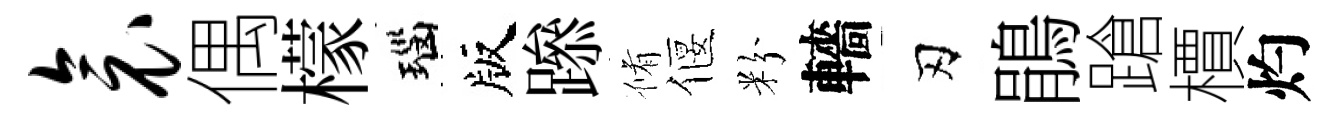
衾偶檬瑙版𨅶脩偃粉轖刃鵑蹌檟灼